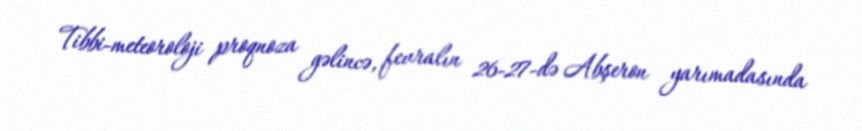
Tibbi-meteoroloji proqnoza gəlincə, fevralın 26-27-də Abşeron yarımadasında